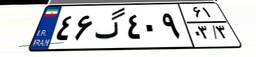
۴۶گ۴۰۹۶۱